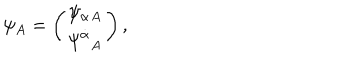
\psi _ { A } = \left( \begin{array} { c } { { { \psi _ { \alpha } } { } _ { A } } } \\ { { { \psi ^ { \dot { \alpha } } } _ { A } } } \\ \end{array} \right) ,